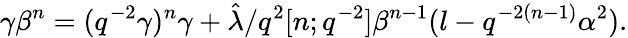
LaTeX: \gamma\beta^{n}=(q^{-2}\gamma)^{n}\gamma+\hat{\lambda}/q^{2}[n;q^{-2}]\beta^{n-1}(l-q^{-2(n-1)}\alpha^{2}).